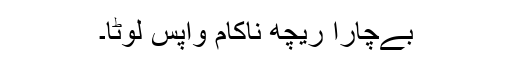
بےچارا ریچھ ناکام واپس لوٹا۔